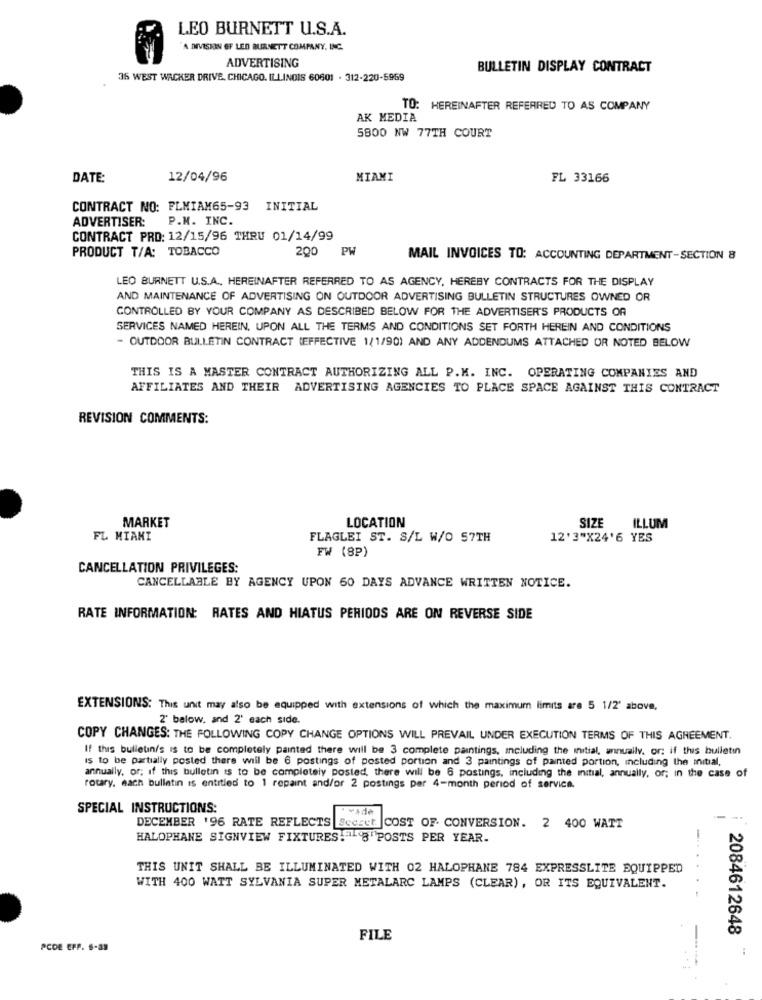
LEO BURNETT U.S.A.
A DIVISION GF LED BURNETT COMPANY, INC.
ADVERTISING
BULLETIN DISPLAY CONTRACT
35 WEST WACKER DRIVE, CHICAGO, ILLINOIS 60601 . 312-220-5959
TO: HEREINAFTER REFERRED TO AS COMPANY
AK MEDIA
5800 NW 77TH COURT
DATE:
12/04/96
MIAMI
FL 33166
CONTRACT NO: FLMIAM65-93 INITIAL
P.M. INC.
ADVERTISER:
CONTRACT PRO: 12/15/96 THRU 01/14/99
PRODUCT T/A: TOBACCO
200
PW
MAIL INVOICES TO: ACCOUNTING DEPARTMENT-SECTION 8
LEO BURNETT U.S.A ., HEREINAFTER REFERRED TO AS AGENCY, HEREBY CONTRACTS FOR THE DISPLAY
AND MAINTENANCE OF ADVERTISING ON OUTDOOR ADVERTISING BULLETIN STRUCTURES OWNED OR
CONTROLLED BY YOUR COMPANY AS DESCRIBED BELOW FOR THE ADVERTISER'S PRODUCTS OR
SERVICES NAMED HEREIN, UPON ALL THE TERMS AND CONDITIONS SET FORTH HEREIN AND CONDITIONS
- OUTDOOR BULLETIN CONTRACT (EFFECTIVE 1/1/90) AND ANY ADDENDUMS ATTACHED OR NOTED BELOW
THIS IS A MASTER CONTRACT AUTHORIZING ALL P.M. INC. OPERATING COMPANIES AND
AFFILIATES AND THEIR ADVERTISING AGENCIES TO PLACE SPACE AGAINST THIS CONTRACT
REVISION COMMENTS:
LOCATION
MARKET
SIZE
ILLUM
FL MIAMI
FLAGLEI ST. S/L W/O 57TH
12'3"X24'6 YES
FW (8P)
CANCELLATION PRIVILEGES:
CANCELLABLE BY AGENCY UPON 60 DAYS ADVANCE WRITTEN NOTICE.
RATE INFORMATION: RATES AND HIATUS PERIODS ARE ON REVERSE SIDE
EXTENSIONS: This unit may also be equipped with extensions of which the maximum limits are 5 1/2' above.
2' below, and 2' each side.
COPY CHANGES: THE FOLLOWING COPY CHANGE OPTIONS WILL PREVAIL UNDER EXECUTION TERMS OF THIS AGREEMENT.
If this bulletin/s is to be completely painted there will be 3 complete paintings, including the initial, annually. or: if this bulletin
IS to be partially posted there will be 6 postings of posted portion and 3 paintings of painted portion, including the initial,
annually, or; if this bulletin is to be completely posted, there will be 6 postings, including the initial, annually, or; in the case of
rotary, each bulletin is entitled to 1 repaint and/or 2 postings per 4-month period of service.
SPECIAL INSTRUCTIONS:
DECEMBER '96 RATE REFLECTS SccEct. COST OF. CONVERSION. 2 400 WATT
HALOPHANE SIGNVIEW FIXTURES.ª1 8"POSTS PER YEAR.
THIS UNIT SHALL BE ILLUMINATED WITH 02 HALOPHANE 784 EXPRESSLITE EQUIPPED
WITH 400 WATT SYLVANIA SUPER METALARC LAMPS (CLEAR), OR ITS EQUIVALENT.
......
2084612648
FILE
-
PCDE EFF. 5-38